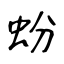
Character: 蚡